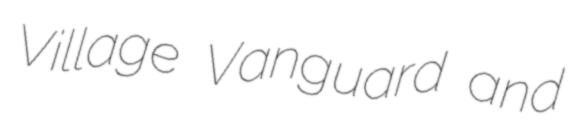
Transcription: Village Vanguard and